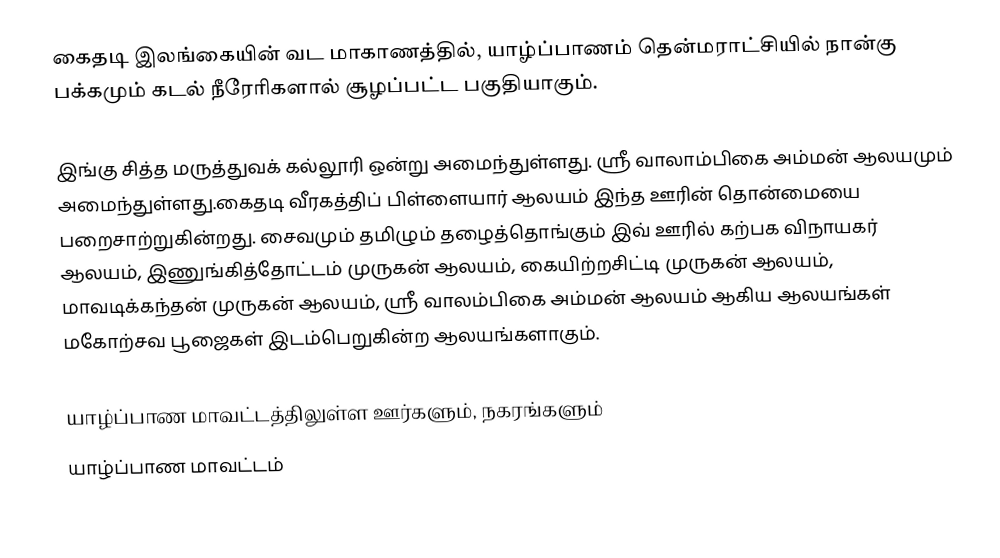
கைதடி இலங்கையின் வட மாகாணத்தில், யாழ்ப்பாணம்  தென்மராட்சியில் நான்கு பக்கமும் கடல் நீரேரிகளால் சூழப்பட்ட பகுதியாகும்.

இங்கு சித்த மருத்துவக் கல்லூரி ஒன்று அமைந்துள்ளது.  ஸ்ரீ வாலாம்பிகை அம்மன் ஆலயமும் அமைந்துள்ளது.கைதடி வீரகத்திப் பிள்ளையார் ஆலயம் இந்த ஊரின் தொன்மையை பறைசாற்றுகின்றது. சைவமும் தமிழும் தழைத்தொங்கும்  இவ்  ஊரில் கற்பக விநாயகர் ஆலயம், இணுங்கித்தோட்டம் முருகன் ஆலயம், கையிற்றசிட்டி முருகன் ஆலயம், மாவடிக்கந்தன் முருகன் ஆலயம், ஸ்ரீ வாலம்பிகை அம்மன் ஆலயம் ஆகிய ஆலயங்கள் மகோற்சவ பூஜைகள்  இடம்பெறுகின்ற ஆலயங்களாகும்.

யாழ்ப்பாண மாவட்டத்திலுள்ள ஊர்களும், நகரங்களும்
யாழ்ப்பாண மாவட்டம்